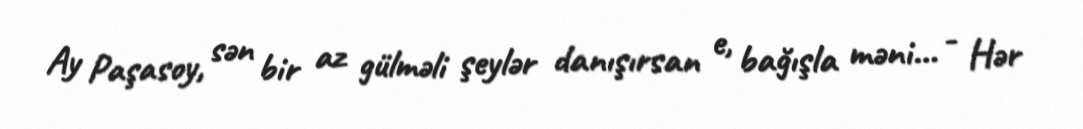
Ay Paşasoy, sən bir az gülməli şeylər danışırsan e, bağışla məni... - Hər